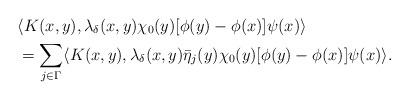
LaTeX: \begin{align*} &\langle K(x,y), \lambda_\delta(x,y)\chi_0(y)[\phi(y)-\phi(x)]\psi(x) \rangle \\ &=\sum\limits_{j\in \Gamma} \langle K(x,y), \lambda_\delta(x,y)\bar\eta_j(y)\chi_0(y)[\phi(y)-\phi(x)]\psi(x) \rangle. \end{align*}